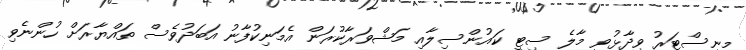
މިނިސްޓަރު ވިދާޅުވީ މާލެ ސިޓީ ކައުންސިލާއި މަޝްވަރާކުރަން އެމަނިކުފާނު އަބަދުވެސް ތައްޔާރަށް ހުންނެވި